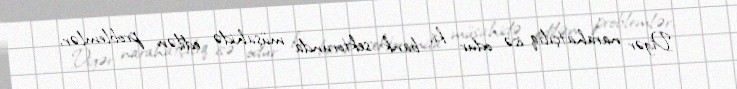
Digər narahatçılıq isə odur ki, bank sektorunda müşahidə edilən problemlər,